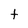
Character: t